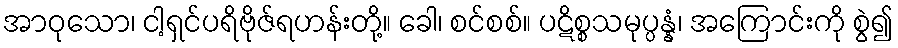
အာဝုသော၊ ငါ့ရှင်ပရိဗိုဇ်ရဟန်းတို့။ ခေါ၊ စင်စစ်။ ပဋိစ္စသမုပ္ပန္နံ၊ အကြောင်းကို စွဲ၍